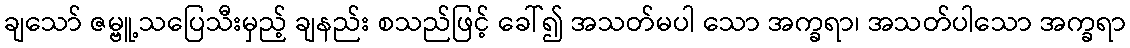
ချသော် ဇမ္ဗူ့သပြေသီးမှည့် ချနည်း စသည်ဖြင့် ခေါ်၍ အသတ်မပါ သော အက္ခရာ၊ အသတ်ပါသော အက္ခရာ